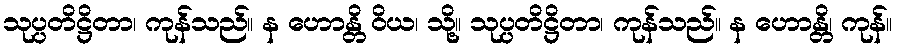
သုပ္ပတိဋ္ဌိတာ၊ ကုန်သည်။ န ဟောန္တိ ဝိယ၊ သို့။ သုပ္ပတိဋ္ဌိတာ၊ ကုန်သည်။ န ဟောန္တိ၊ ကုန်။